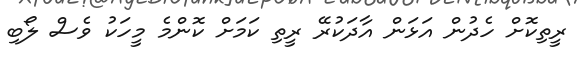
ރީތިކޮށް ހެދުން އަޅަން އާދަކުރޭ ރީތި ކަމަށް ކޮންމެ މީހަކު ވެސް ލޯބި